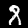
Digit: 8